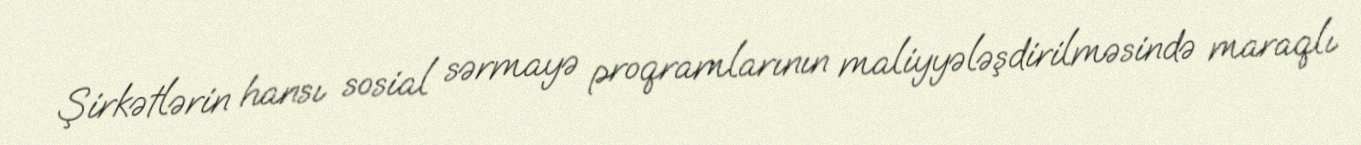
Şirkətlərin hansı sosial sərmayə proqramlarının maliyyələşdirilməsində maraqlı